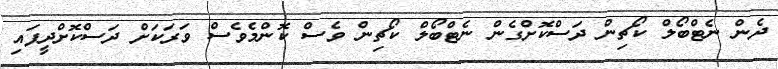
ދެން ނެޓްބޯލް ކޯޗިން ދަސްކޮށްގެން ނެޓްބޯލް ކޯޗިން ވެސް ކޮންމެވެސް ވަރަކަށް ދަސްކޮށްދީފައި